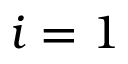
i = 1